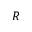
R